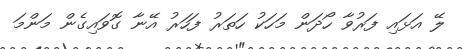
ލޭ އަޅައި ފަރުވާ ހޯދަން މަހަކު ހަތަރު ފަހަރު އޭނާ ގޮވައިގެން މަންމަ